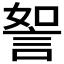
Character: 𧧏